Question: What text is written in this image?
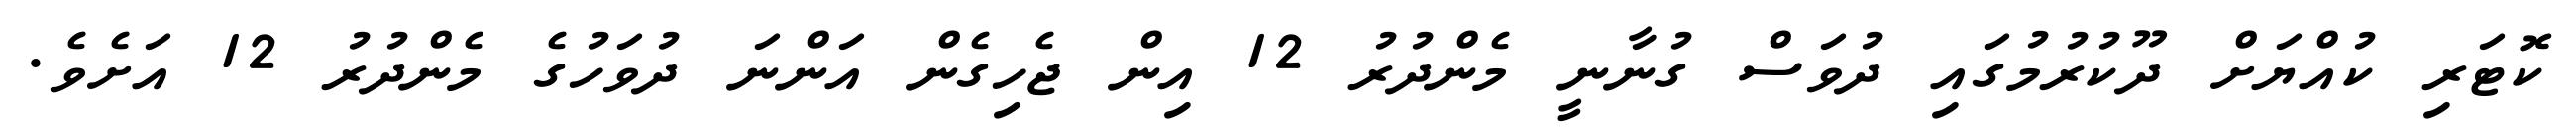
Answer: ކޮޓަރި ކުއްޔަށް ދޫކުރުމުގައި ދުވަސް ގުނާނީ މެންދުރު 12 އިން ޖެހިގެން އަންނަ ދުވަހުގެ މެންދުރު 12 އަށެވެ.